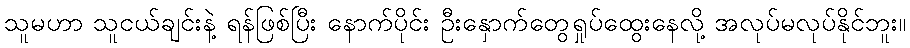
သူမဟာ သူငယ်ချင်းနဲ့ ရန်ဖြစ်ပြီး နောက်ပိုင်း ဦးနှောက်တွေရှုပ်ထွေးနေလို့ အလုပ်မလုပ်နိုင်ဘူး။